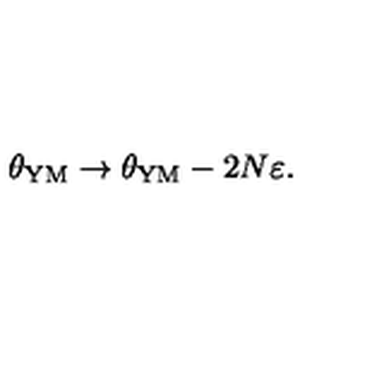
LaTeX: \theta _ { \mathrm { Y M } } \to \theta _ { \mathrm { Y M } } - 2 N \varepsilon .